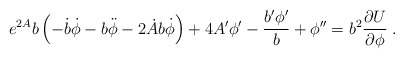
\begin{align*}e^{2A} b \left( -\dot{b}\dot{\phi} - b\ddot{\phi} - 2 \dot{A}b \dot{\phi} \right) + 4 A' \phi' - \frac{b' \phi'}{b} + \phi'' = b^2 \frac{\partial U}{\partial \phi} \; .\end{align*}